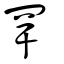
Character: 罕